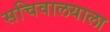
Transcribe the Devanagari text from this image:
सचिवालयाला